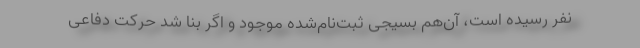
نفر رسیده است، آن‌هم بسیجی ثبت‌نام‌شده موجود و اگر بنا شد حرکت دفاعی